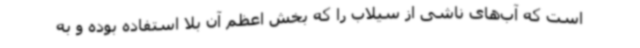
است که آب‌های ناشی از سیلاب را که بخش اعظم آن بلا استفاده بوده و به